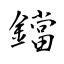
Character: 鐺